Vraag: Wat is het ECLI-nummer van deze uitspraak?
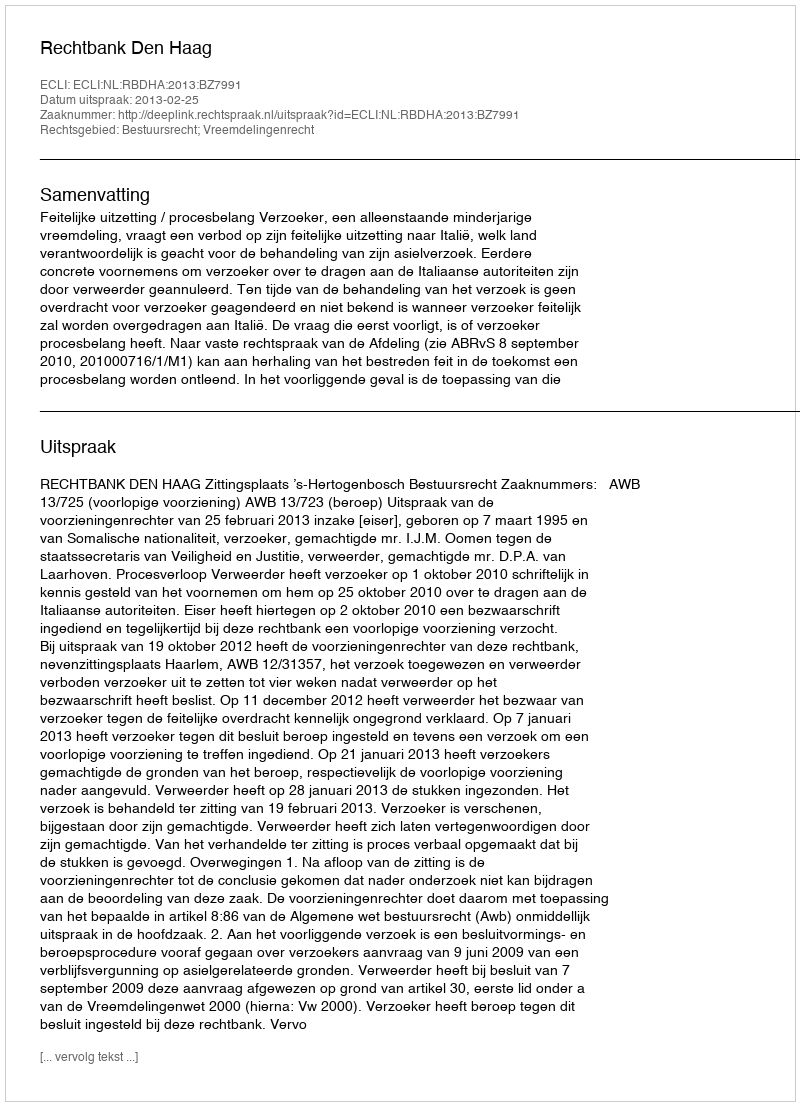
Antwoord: ECLI:NL:RBDHA:2013:BZ7991